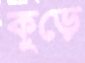
কুড়ে